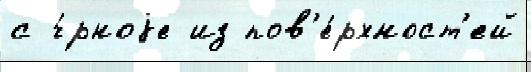
с ч́рноjе из пов'е́рхност'ей